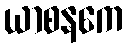
ယာစနကေ